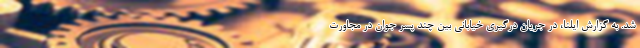
شد. به گزارش ایلنا، در جریان درگیری خیابانی بین چند پسر جوان در مجاورت